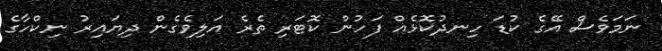
ނަމަވެސް އޭގެ ކުޑަ ހިނދުކޮޅެއް ފަހުން ކޮޓަރި ތެރެ އަލިވެގެން ދިޔައިރު ނިކްހާގެ